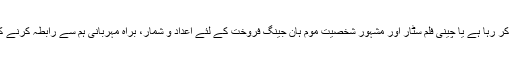
اور اگر آپ قیمت، چین میں پڑتال کر رہا ہے یا چینی فلم سٹار اور مشہور شخصیت موم ہان جینگ فروخت کے لئے اعداد و شمار، براہ مہربانی ہم سے رابطہ کرنے کے لئے آزاد محسوس کرتے ہیں ۔